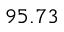
9 5 . 7 3